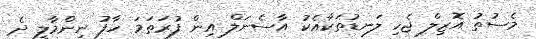
މެސުތު އޮޒިލް ޖެހި ލަނޑުތަކާއެކު އާސެނަލް އިން ފުރަތަމަ ހާފު ނިންމާލީ ދެ